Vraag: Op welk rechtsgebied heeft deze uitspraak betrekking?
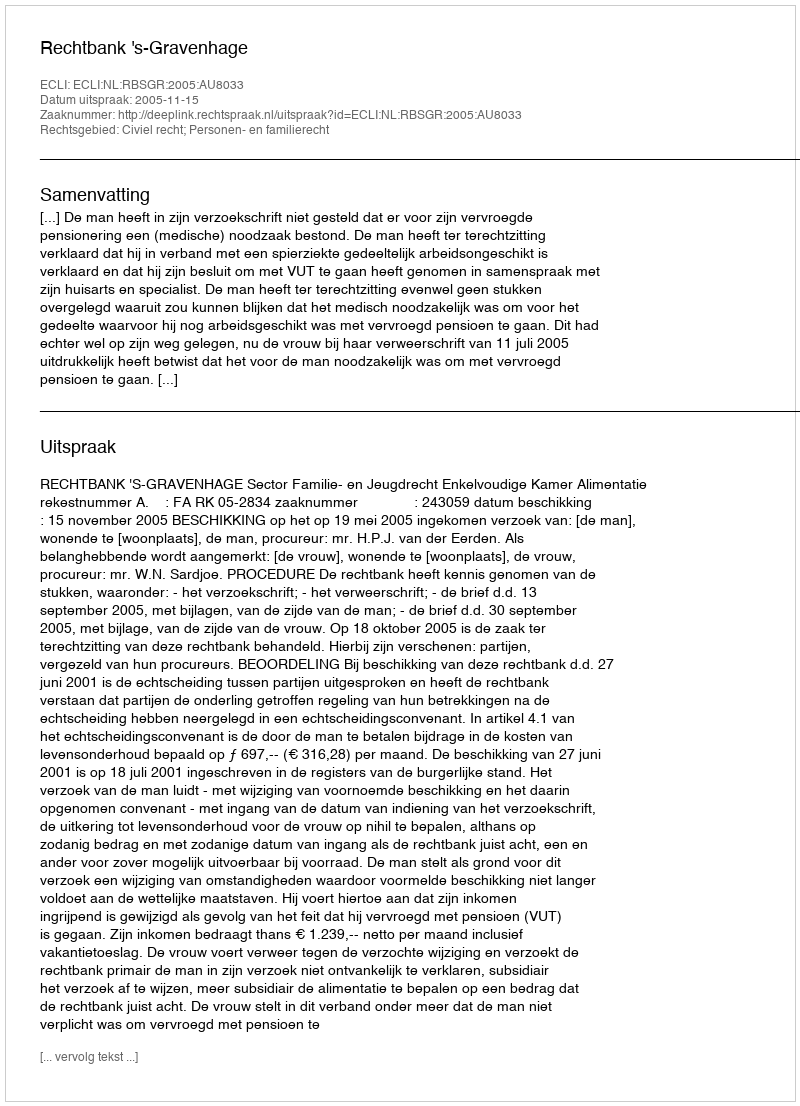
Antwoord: Civiel recht; Personen- en familierecht